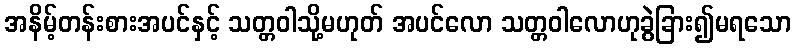
အနိမ့်တန်းစားအပင်နှင့် သတ္တဝါသို့မဟုတ် အပင်လော သတ္တဝါလောဟုခွဲခြား၍မရသော